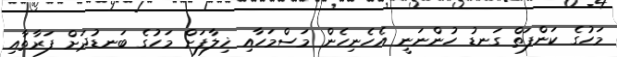
މަހުގެ ކަންފަތް ގަނޑު ހުންނަނީ އެހެނިހެން މަސްމަހާއި ޚިލާފަށް މަހުގެ ބަނޑުދަށް ފަރާތާއި